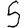
Digit: 3